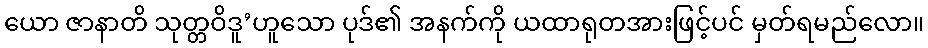
ယော ဇာနာတိ သုတ္တဝိဒူ’ဟူသော ပုဒ်၏ အနက်ကို ယထာရုတအားဖြင့်ပင် မှတ်ရမည်လော။